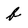
Character: b